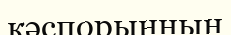
кәспорынның